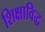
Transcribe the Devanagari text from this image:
शिक्षाविद्ध